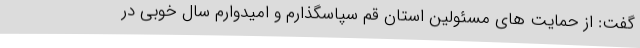
گفت: از حمایت های مسئولین استان قم سپاسگذارم و امیدوارم سال خوبی در